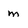
Character: m